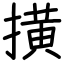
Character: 撗